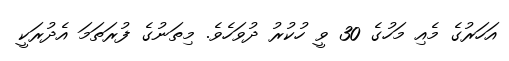
އަހަރުގެ މެއި މަހުގެ 30 ވީ ހުކުރު ދުވަހެވެ. މިތަނުގެ ފުރަތަމަ އެދުރަކީ